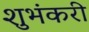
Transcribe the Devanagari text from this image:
शुभंकरी